65_HS1-834228961_62-HQ-83894_Section_5
Agency: FBI
Page 139
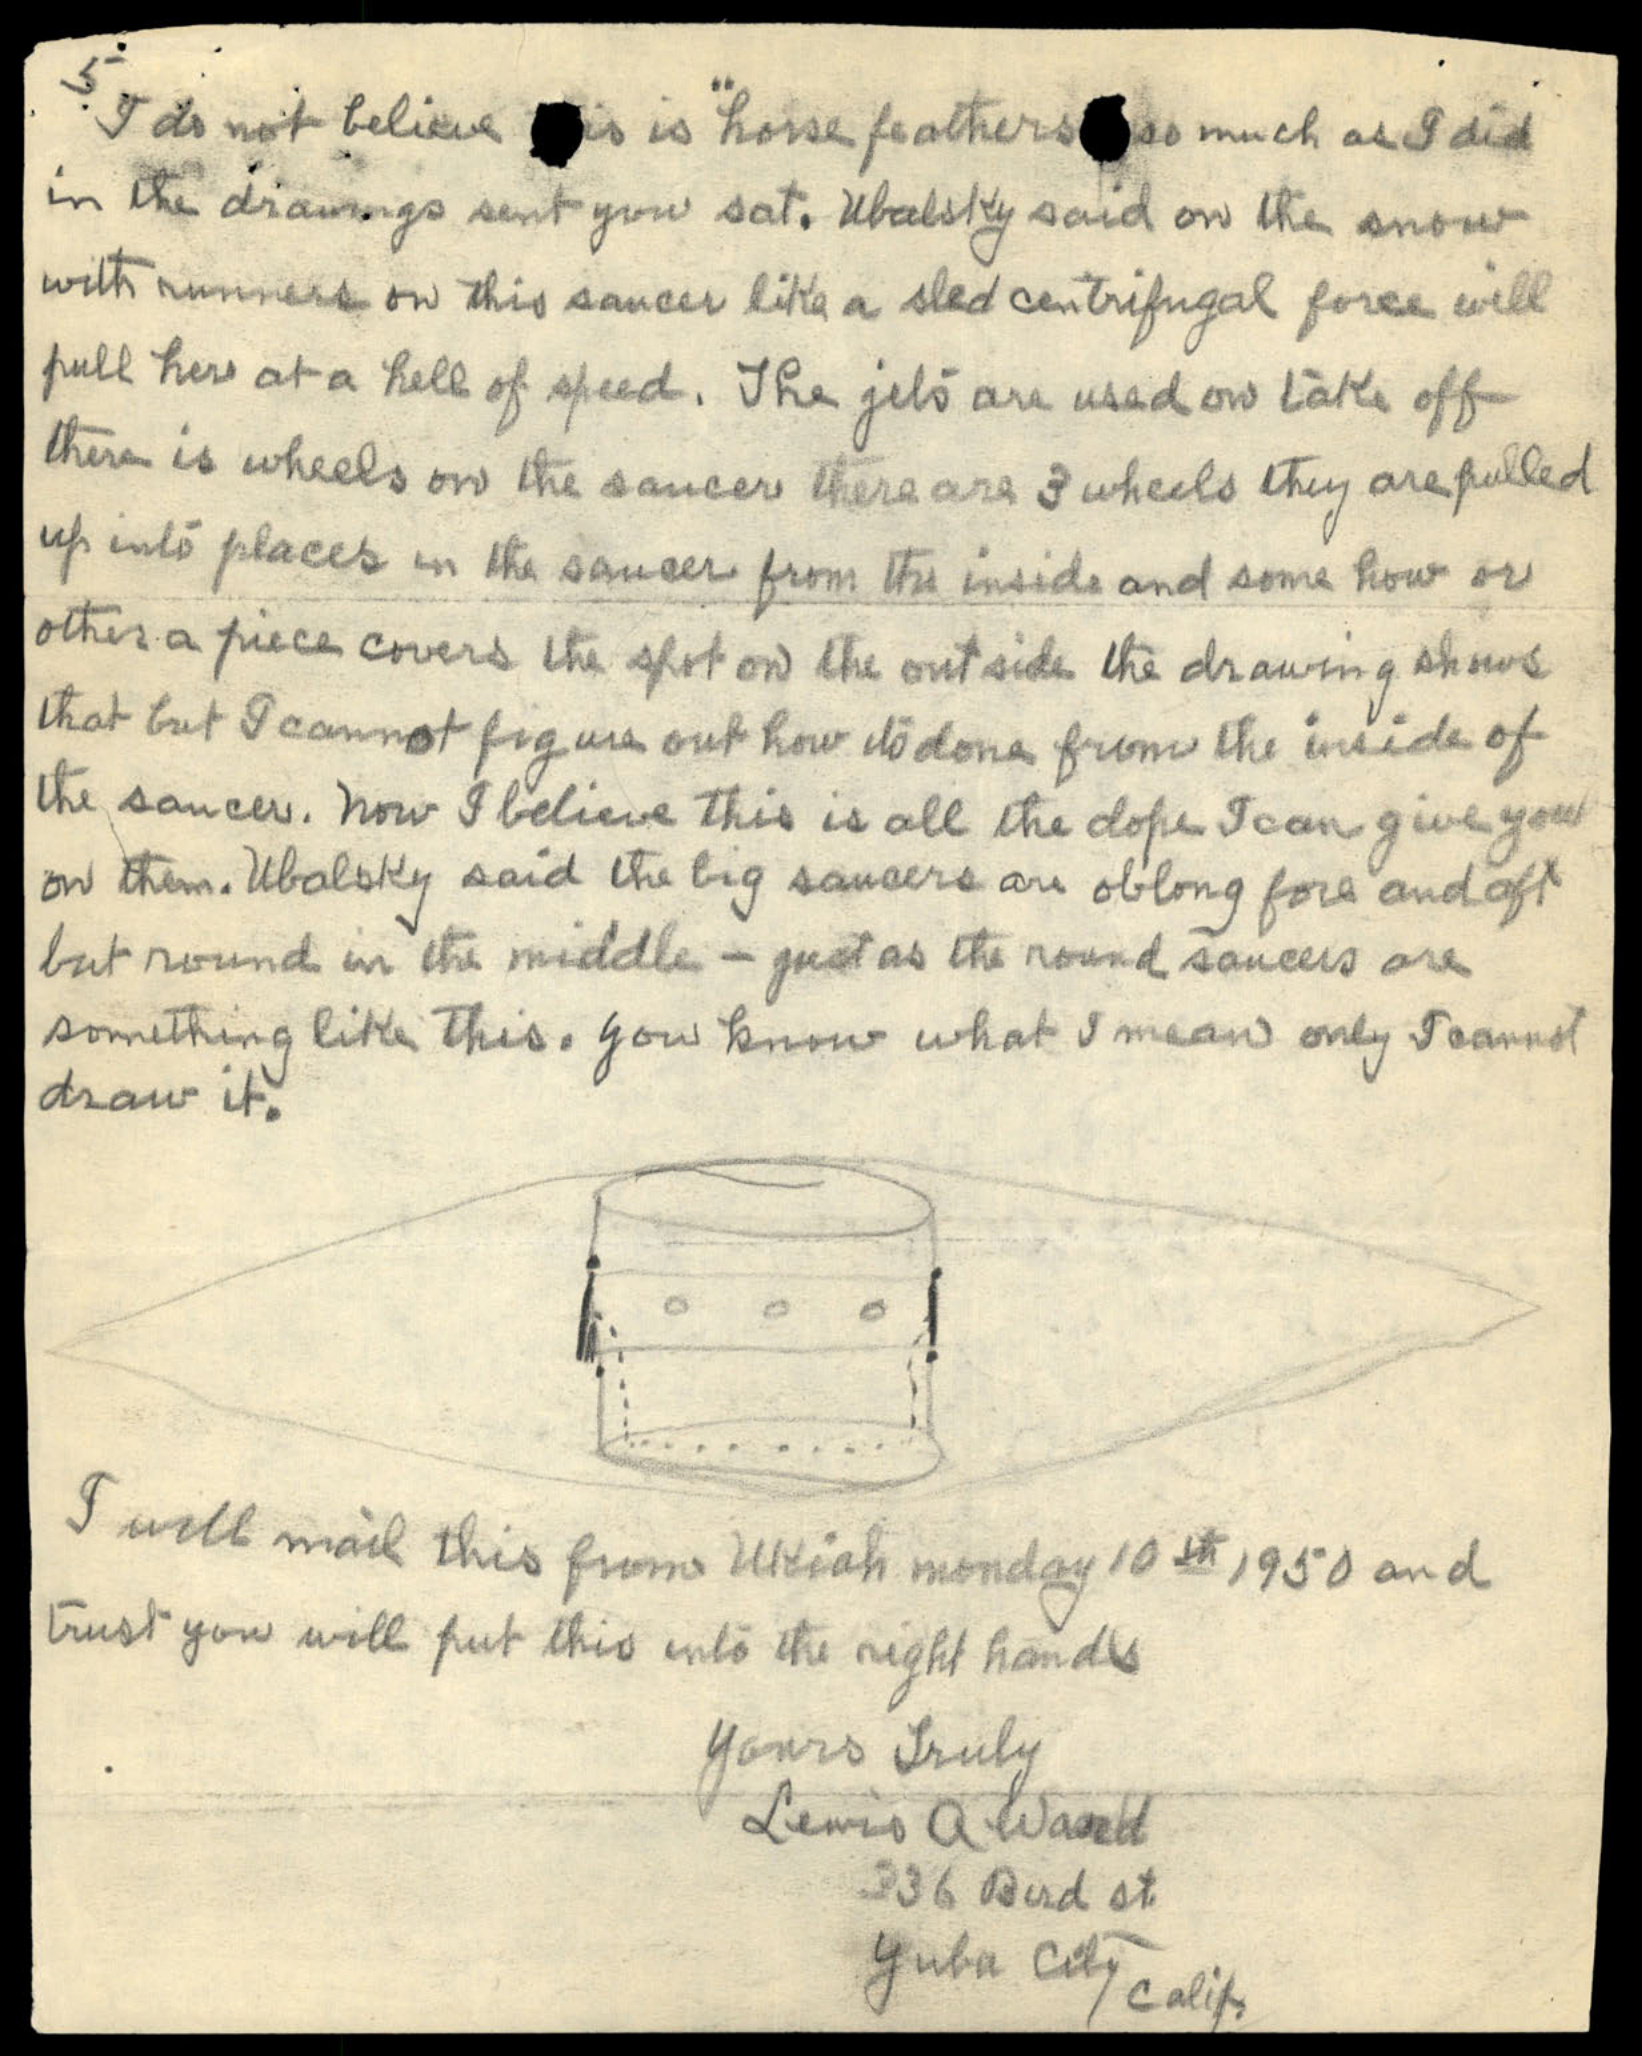